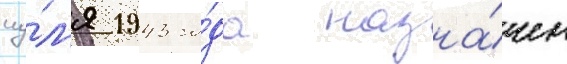
иу́л'я 1943 го́да назна́чен